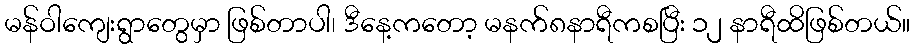
မန်ဝါကျေးရွာတွေမှာ ဖြစ်တာပါ၊ ဒီနေ့ကတော့ မနက်၈နာရီကစပြီး ၁၂ နာရီထိဖြစ်တယ်။